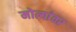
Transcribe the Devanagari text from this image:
मोत्यांवर